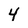
Character: 4